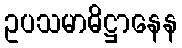
ဥပသမာဓိဋ္ဌာနေန